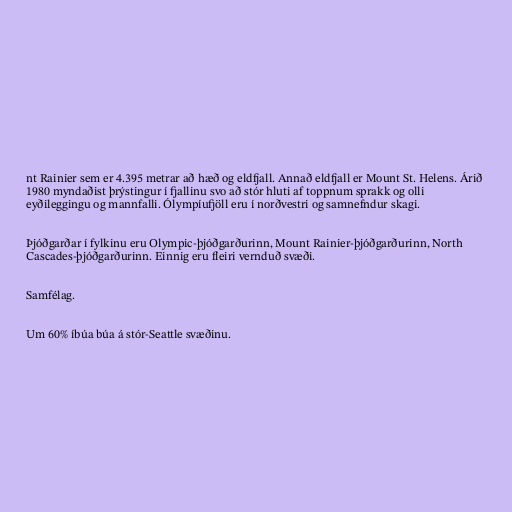
nt Rainier sem er 4.395 metrar að hæð og eldfjall. Annað eldfjall er Mount St. Helens. Árið
1980 myndaðist þrýstingur í fjallinu svo að stór hluti af toppnum sprakk og olli
eyðileggingu og mannfalli. Ólympíufjöll eru í norðvestri og samnefndur skagi.

Þjóðgarðar í fylkinu eru Olympic-þjóðgarðurinn, Mount Rainier-þjóðgarðurinn, North
Cascades-þjóðgarðurinn. Einnig eru fleiri vernduð svæði.

Samfélag.

Um 60% íbúa búa á stór-Seattle svæðinu.